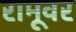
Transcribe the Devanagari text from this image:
रामूवर